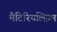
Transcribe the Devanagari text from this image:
मैटिरियलिज़्म